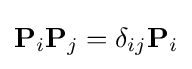
\mathbf {P} _{i}\mathbf {P} _{j}=\delta _{ij}\mathbf {P} _{i}